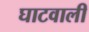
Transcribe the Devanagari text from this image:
घाटवाली